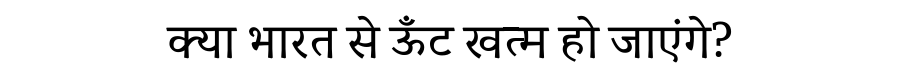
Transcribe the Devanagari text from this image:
क्या भारत से ऊँट खत्म हो जाएंगे?